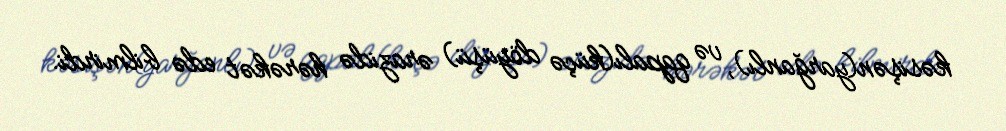
kəsişən(yarğanlı), və qapalı(küçə döyüşü) ərazidə hərəkət edə bilmirdi.